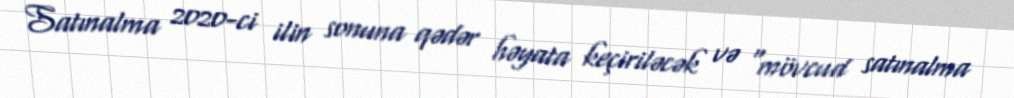
Satınalma 2020-ci ilin sonuna qədər həyata keçiriləcək və "mövcud satınalma